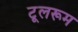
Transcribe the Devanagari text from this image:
टूलरूम